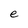
Character: e